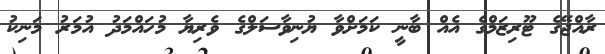
ރާއްޖޭގެ ޓޫރިޒަމްގެ އެއް ބާނީ ކަމަށްވާ ޔުނިވާސަލްގެ ވެރިޔާ މުހައްމަދު އުމަރު މަނިކު